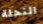
النحلة